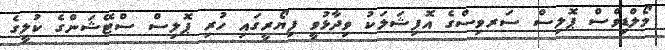
މޯލްޑިވްސް ޕޮލިސް ސަރވިސްގެ އޮފިޝަލަކު ވިދާޅުވީ ފިޔޯރީގައި ހުރި ޕޮލިސް ސްޓޭޝަންގެ ކުލީގެ